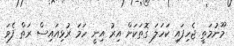
މޫނުމަތީ ޖެހިފައި ކަހަލަ ގޮތަކަށް އިރު އިނީ ހަމަ ރުޅިއައިސް ރަތް ފެވަަ